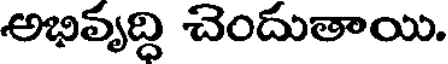
అభివృద్ధి చెందుతాయి.